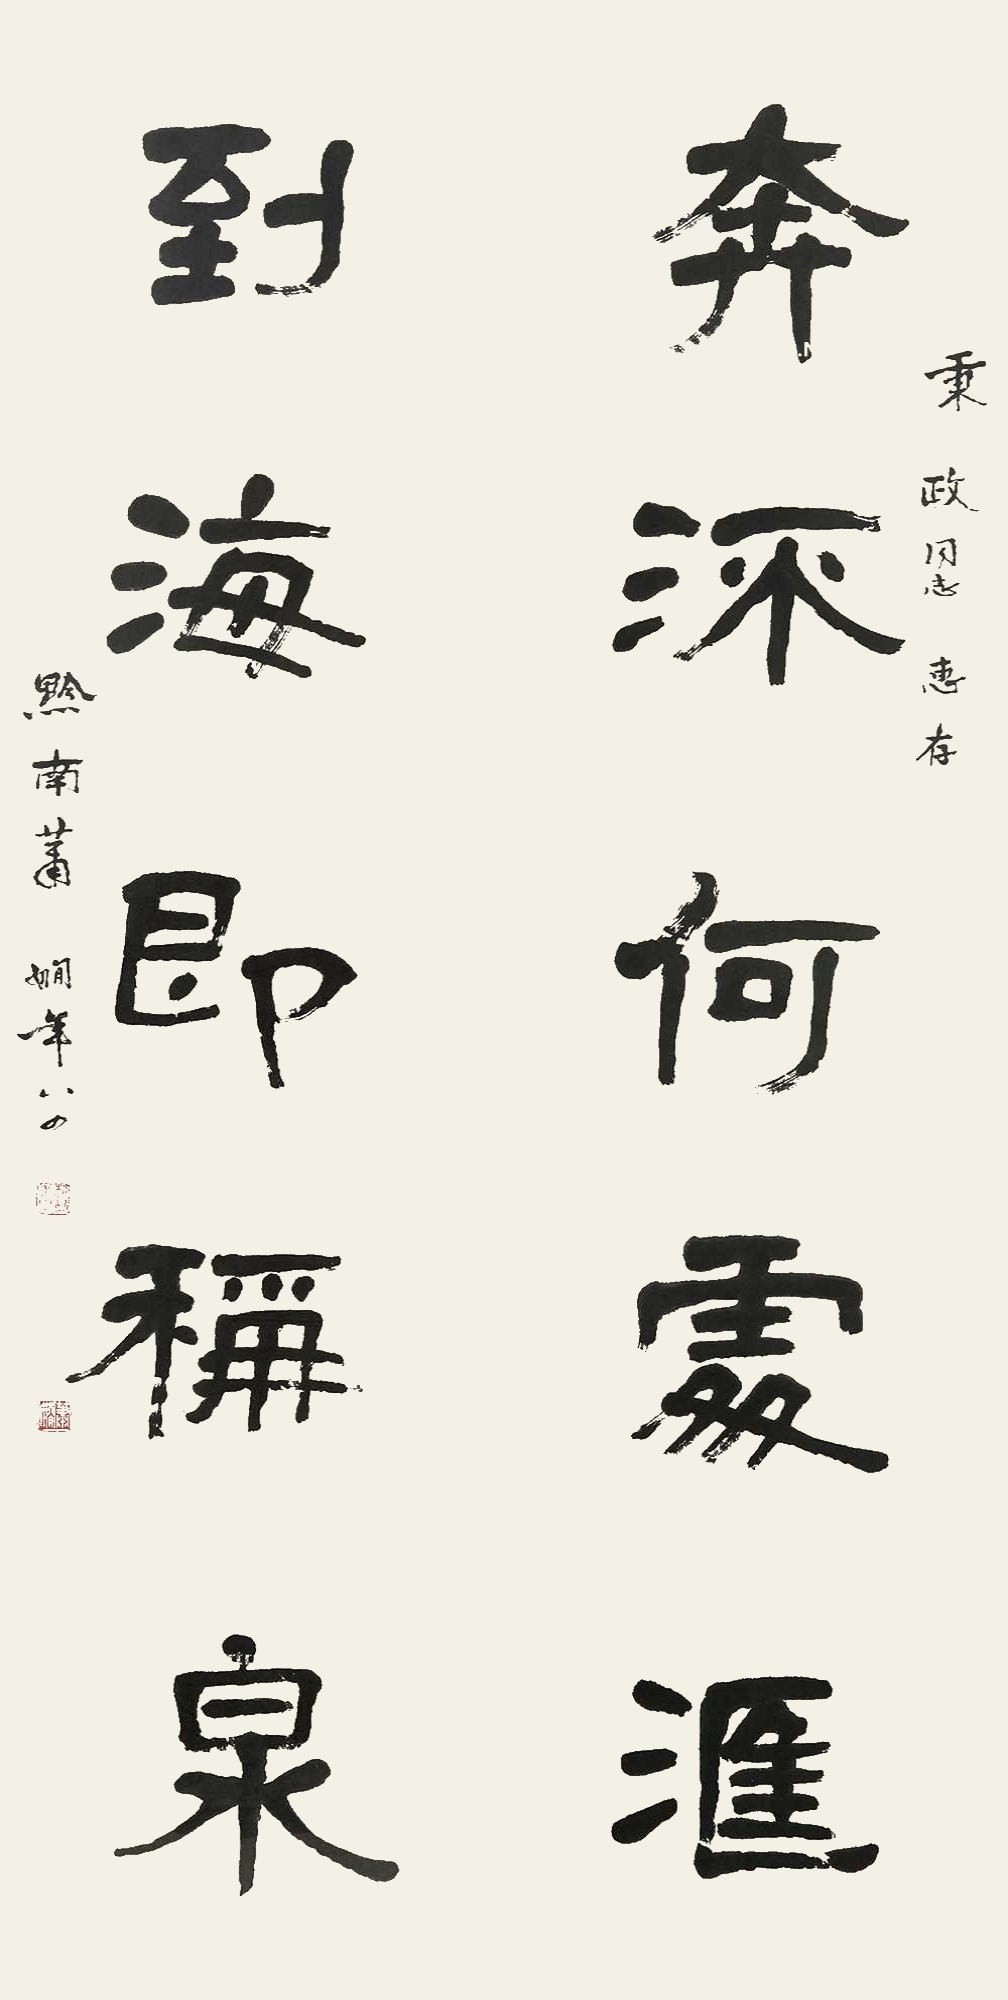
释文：奔流何处会，到海即称泉。秉政同志惠存，黔南萧娴年八四。